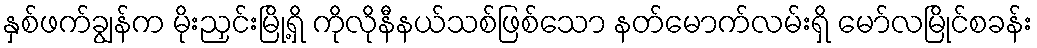
နှစ်ဖက်ချွန်က မိုးညှင်းမြို့ရှိ ကိုလိုနီနယ်သစ်ဖြစ်သော နတ်မောက်လမ်းရှိ မော်လမြိုင်စခန်း